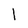
Character: 1